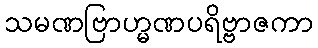
သမဏဗြာဟ္မဏပရိဗ္ဗာဇကာ